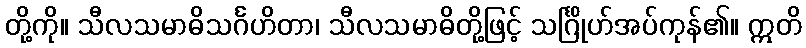
တို့ကို။ သီလသမာဓိသင်္ဂဟိတာ၊ သီလသမာဓိတို့ဖြင့် သင်္ဂြိုဟ်အပ်ကုန်၏။ ဣတိ